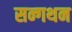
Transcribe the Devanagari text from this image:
सन्गथन